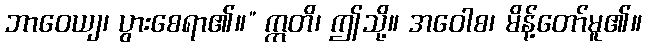
ဘာဝေယျ၊ ပွားစေရာ၏။” ဣတိ၊ ဤသို့။ အဝေါစ၊ မိန့်တော်မူ၏။